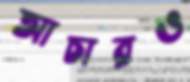
আচারও